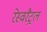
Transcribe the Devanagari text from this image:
रेस्वरैट्रल